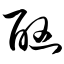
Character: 酗